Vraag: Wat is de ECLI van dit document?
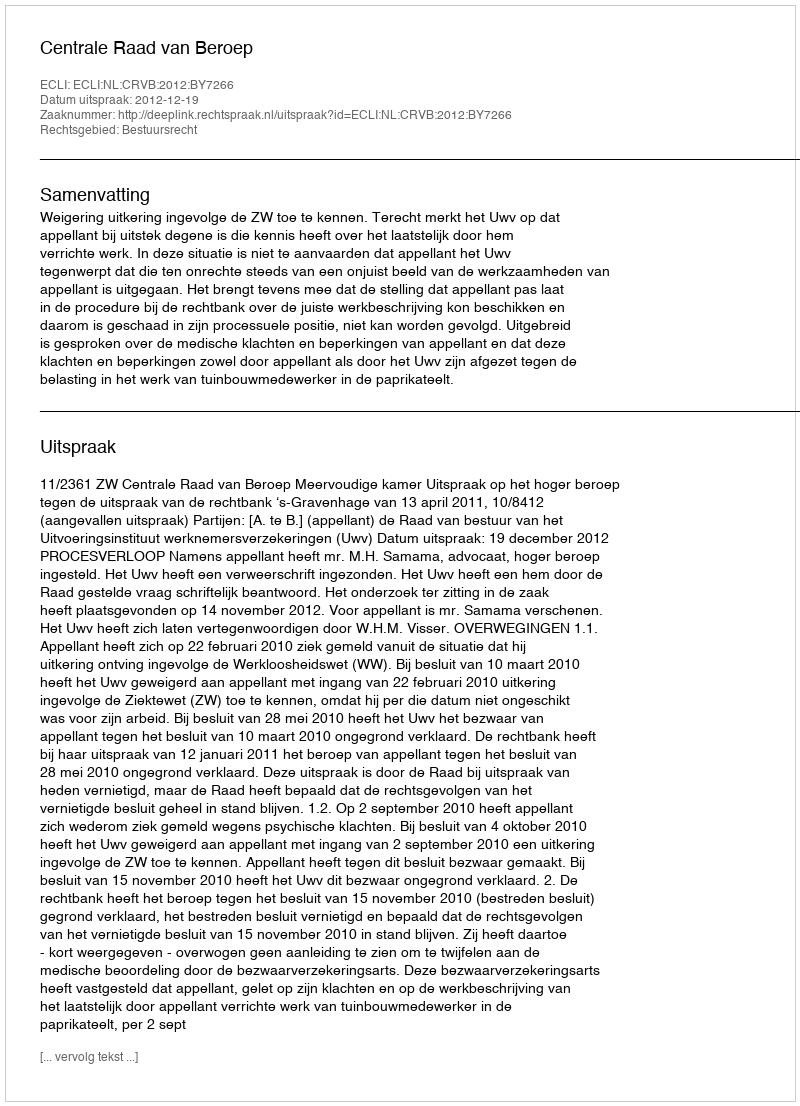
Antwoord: ECLI:NL:CRVB:2012:BY7266